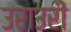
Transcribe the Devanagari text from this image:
उराउरी